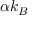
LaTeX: \alpha k _ { B }